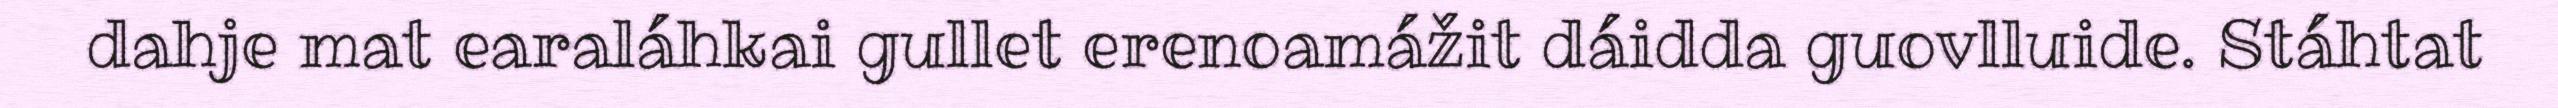
dahje mat earaláhkai gullet erenoamážit dáidda guovlluide. Stáhtat